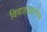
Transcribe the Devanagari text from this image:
विवाहप्रसंगीच